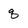
Character: q